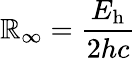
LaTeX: \mathbb{R}_{\infty}={\frac{{E_{\mathrm{{h}}}}}{{2hc}}}